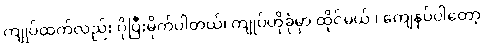
ကျုပ်ထက်လည်း ပိုပြီးမိုက်ပါတယ်၊ ကျုပ်ဟိုခုံမှာ ထိုင်မယ် ၊ ကျေနပ်ပါတော့